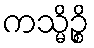
ကသ္မိဉ္စိ